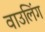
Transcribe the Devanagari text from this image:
वाउलिंग